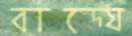
বাদ্যে